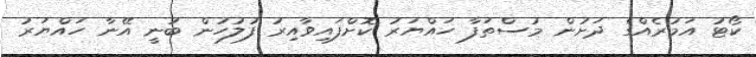
ކޯޓު އަމުރެއްގެ ދަށުން މުސްތަފާ ހައްޔަރު ކޮށްފައިވާއިރު ފުލުހުން ބުނީ އޭނާ ހައްޔަރު